Indian journal of veterinary science and animal husbandry - Volume 7,
Year: 1937
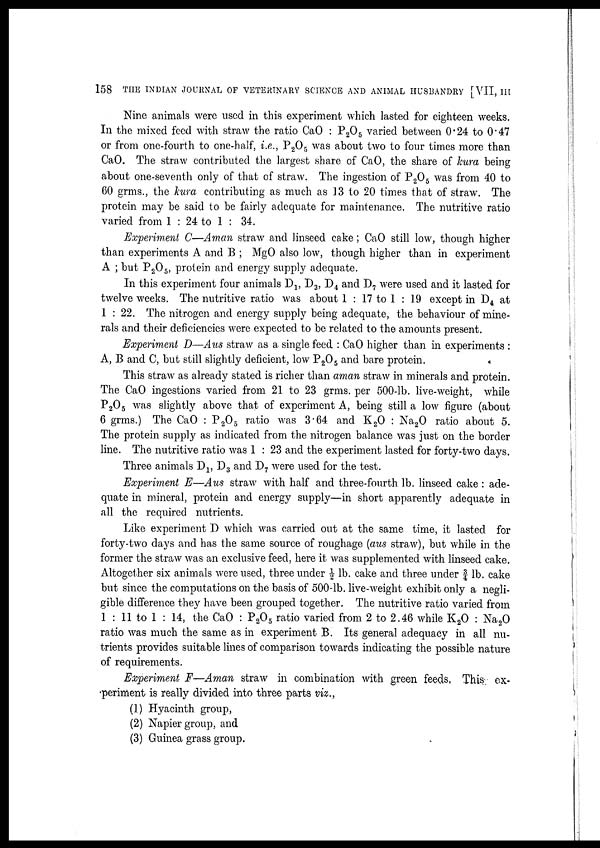
158 THE INDIAN JOURNAL OF VETERINARY SCIENCE AND ANIMAL HUSBANDRY [VII, III
Nine animals were used in this experiment which lasted for eighteen weeks.
In the mixed feed with straw the ratio CaO : P2O5 varied between 0.24 to 0.47
or from one-fourth to one-half, i.e., P2O5 was about two to four times more than
CaO. The straw contributed the largest share of CaO, the share of kura being
about one-seventh only of that of straw. The ingestion of P 2 O 5 was from 40 to
60 grms., the kura contributing as much as 13 to 20 times that of straw. The
protein may be said to be fairly adequate for maintenance. The nutritive ratio
varied from 1 : 24 to 1 : 34.
Experiment C—Aman straw and linseed cake; CaO still low, though higher
than experiments A and B ; MgO also low, though higher than in experiment
A ; but P2O5, protein and energy supply adequate.
In this experiment four animals D 1 , D 3 , D 4 and D 7 were used and it lasted for
twelve weeks. The nutritive ratio was about 1 : 17 to 1 : 19 except in D 4 at
1 : 22. The nitrogen and energy supply being adequate, the behaviour of mine-
rals and their deficiencies were expected to be related to the amounts present.
Experiment D—Aus straw as a single feed : CaO higher than in experiments :
A, B and C, but still slightly deficient, low P2O5 and bare protein.
This straw as already stated is richer than aman straw in minerals and protein.
The CaO ingestions varied from 21 to 23 grms. per 500-lb. live-weight, while
P2O5 was slightly above that of experiment A, being still a low figure (about
6 grms.) The CaO : P2O5 ratio was 3.64 and K 2 O : Na 2 O ratio about 5.
The protein supply as indicated from the nitrogen balance was just on the border
line. The nutritive ratio was 1 : 23 and the experiment lasted for forty-two days.
Three animals D 1 D 3 and D 7 were used for the test.
Experiment E—Aus straw with half and three-fourth lb. linseed cake : ade-
quate in mineral, protein and energy supply—in short apparently adequate in
all the required nutrients.
Like experiment D which was carried out at the same time, it lasted for
forty-two days and has the same source of roughage (aus straw), but while in the
former the straw was an exclusive feed, here it was supplemented with linseed cake.
Altogether six animals were used, three under ½ lb. cake and three under ¾ lb. cake
but since the computations on the basis of 500-lb. live-weight exhibit only a negli-
gible difference they have been grouped together. The nutritive ratio varied from
1 : 11 to 1 : 14, the CaO : P2O5 ratio varied from 2 to 2.46 while K 2 O : Na 2 O
ratio was much the same as in experiment B. Its general adequacy in all nu-
trients provides suitable lines of comparison towards indicating the possible nature
of requirements.
Experiment F—Aman straw in combination with green feeds, This ex-
periment is really divided into three parts viz.,
(1) Hyacinth group,
(2) Napier group, and
(3) Guinea grass group.